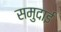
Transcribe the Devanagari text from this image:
समुदाई